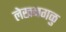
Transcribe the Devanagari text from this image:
लेखनगळु